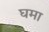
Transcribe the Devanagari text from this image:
घमा